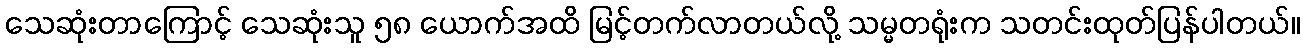
သေဆုံးတာကြောင့် သေဆုံးသူ ၅၈ ယောက်အထိ မြင့်တက်လာတယ်လို့ သမ္မတရုံးက သတင်းထုတ်ပြန်ပါတယ်။